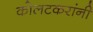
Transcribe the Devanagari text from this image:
कोलटकरांनी